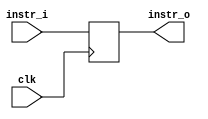
module RegIFID(
    instr_i,
    instr_o,
    clk
);

input clk;
input [31:0] instr_i;
output [31:0] instr_o;

reg [31:0] instr;

assign instr_o = instr;

always @(posedge clk) begin
    instr <= instr_i;
end

endmodule